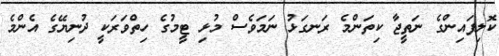
ކޮލިފައިންގެ ނަތީޖާ ކިތަންމެ ރަނގަޅު ނަމަވެސް މުޅި ޓީމުގެ ހިތްވަރަކީ ދުނިޔޭގެ އެންމެ